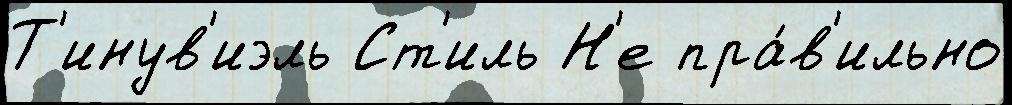
Т'инув'иэль Ст'иль Н'е пра́в'ильно